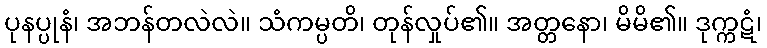
ပုနပ္ပုနံ၊ အဘန်တလဲလဲ။ သံကမ္ပတိ၊ တုန်လှုပ်၏။ အတ္တနော၊ မိမိ၏။ ဒုက္ကဋံ၊